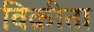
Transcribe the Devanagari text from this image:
विक्रीता